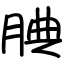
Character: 腆